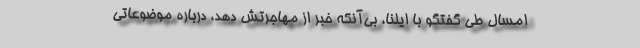
امسال طی گفتگو با ایلنا، بی‌آنکه خبر از مهاجرتش دهد، درباره موضوعاتی